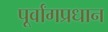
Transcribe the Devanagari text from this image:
पूर्वांगप्रधान